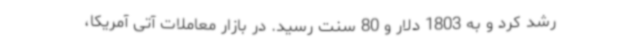
رشد کرد و به 1803 دلار و 80 سنت رسید. در بازار معاملات آتی آمریکا،